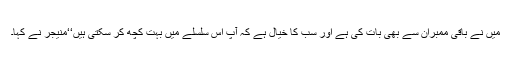
میں نے باقی ممبران سے بھی بات کی ہے اور سب کا خیال ہے کہ آپ اس سلسلے میں بہت کچھ کر سکتی ہیں‘‘منیجر نے کہا۔